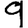
Digit: 9